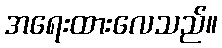
အရေးထားလေသည်။